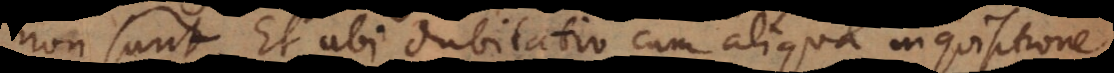
non sunt. Et ubi dubitatio cum aliqua inquisitione